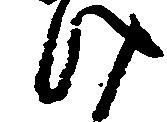
け